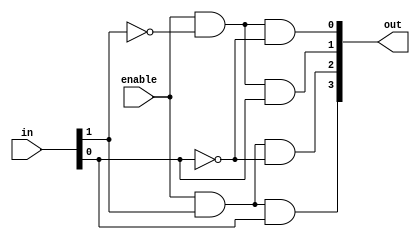
module decoder_2x4(
    input[1:0] in,
    input enable,
    output[3:0] out
);

    assign out[0] = enable & ~in[1] & ~in[0];
    assign out[1] = enable & ~in[1] & in[0];
    assign out[2] = enable & in[1] & ~in[0];
    assign out[3] = enable & in[1] & in[0];


endmodule